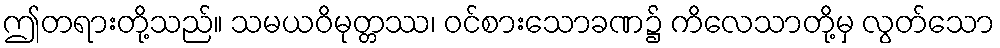
ဤတရားတို့သည်။ သမယဝိမုတ္တဿ၊ ဝင်စားသောခဏ၌ ကိလေသာတို့မှ လွတ်သော